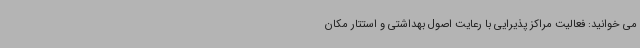
می خوانید: فعالیت مراکز پذیرایی با رعایت اصول بهداشتی و استتار مکان